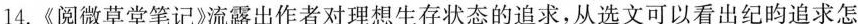
14.《阅微草堂笔记》流露出作者对理想生存状态的追求，从选文可以看出纪昀追求怎